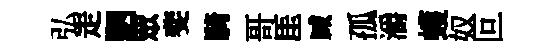
弘走駟眾斐騎哥厓臧孤灂蠖奴叵